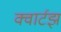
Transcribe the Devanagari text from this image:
क्वार्टझ